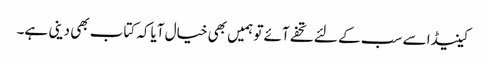
کینیڈا سے سب کے لئے تحفے آئے تو ہمیں بھی خیال آیاکہ کتاب بھی دینی ہے۔